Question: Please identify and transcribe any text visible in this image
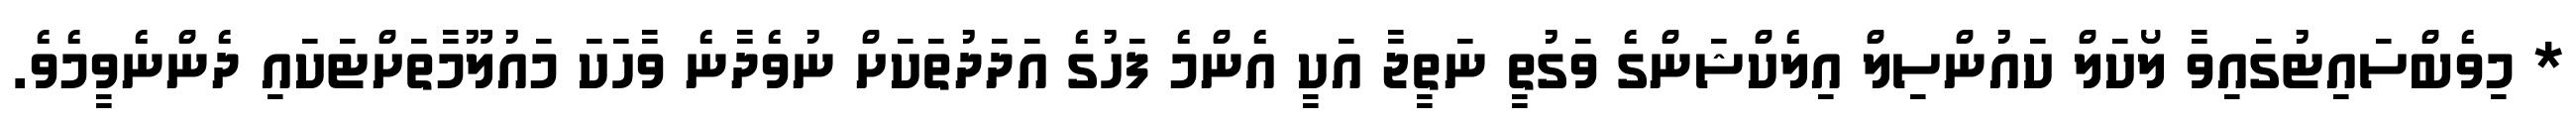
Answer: * މިވެބްސައިޓުގައިވާ ލޯކަލް ކައުންސިލް އިލެކްޝަންގެ ވަގުތީ ނަތީޖާ އަކީ އެންމެ ފަހުގެ އަދަދުތަކަށް ނުވެދާނެ ވާހަކަ މައުލޫމާތަށްޓަކައި ދެންނެވީމެވެ.